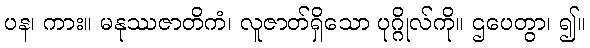
ပန၊ ကား။ မနုဿဇာတိကံ၊ လူဇာတ်ရှိသော ပုဂ္ဂိုလ်ကို။ ဌပေတွာ၊ ၍။